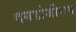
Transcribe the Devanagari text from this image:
दगडोजीराव